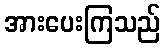
အားပေးကြသည်